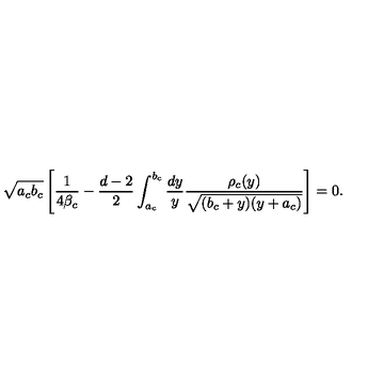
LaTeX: \sqrt { a _ { c } b _ { c } } \left[ { \frac { 1 } { 4 \beta _ { c } } } - { \frac { d - 2 } { 2 } } \int _ { a _ { c } } ^ { b _ { c } } { \frac { d y } { y } } { \frac { \rho _ { c } ( y ) } { \sqrt { ( b _ { c } + y ) ( y + a _ { c } ) } } } \right] = 0 .